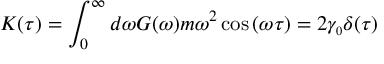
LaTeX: K ( \tau ) = \int _ { 0 } ^ { \infty } d \omega G ( \omega ) m \omega ^ { 2 } \cos { ( \omega \tau ) } = 2 \gamma _ { \scriptscriptstyle 0 } \delta ( \tau )